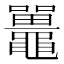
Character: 鼉